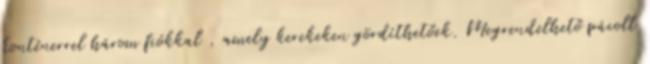
konténerrel három fiókkal , amely kerekeken gördíthetőek. Megrendelhető pácolt